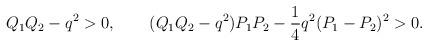
LaTeX: \begin{align*}Q_1Q_2-q^2>0,\ \ \ \ \ \ (Q_1Q_2-q^2)P_1P_2- {1\over 4} q^2(P_1-P_2)^2>0.\end{align*}